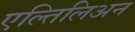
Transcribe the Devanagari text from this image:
एल्तिलिअन